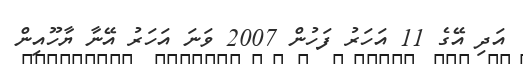
އަދި އޭގެ 11 އަހަރު ފަހުން 2007 ވަނަ އަހަރު އޭނާ ޔާހޫއިން